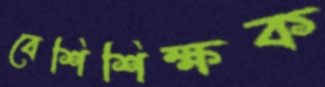
বেশিশিক্ষক